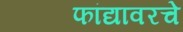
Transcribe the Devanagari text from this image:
फांद्यावरचे